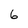
Character: 6